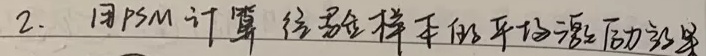
2. 用PSM计算 经验样本的平均 treatment 效果